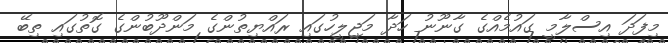
މިފަދަ އިސްލާމީ ގައުމެއްގެ ގާނޫނު ހަދާ މަޖިލީހުގައި ރައްޔިތުންގެ މަންދޫބުންގެ ގޮތުގައި ތިބޭ